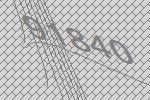
91840